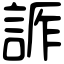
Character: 𧨊